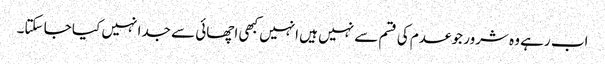
اب رہے وہ شرور جو عدم کی قسم سے نہیں ہیں انہیں کبھی اچھائی سے جدا نہیں کیا جا سکتا۔